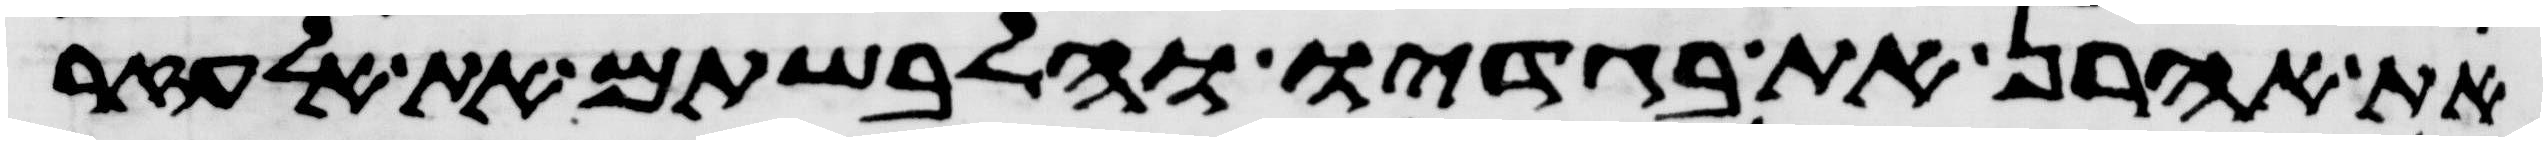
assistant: את אהרן את בגדיו והלבשתם את אלעזר